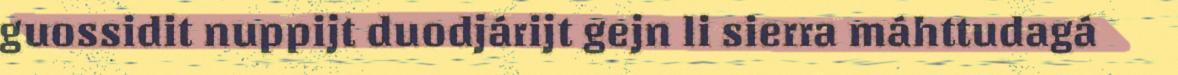
guossidit nuppijt duodjárijt gejn li sierra máhttudagá